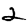
Digit: 2